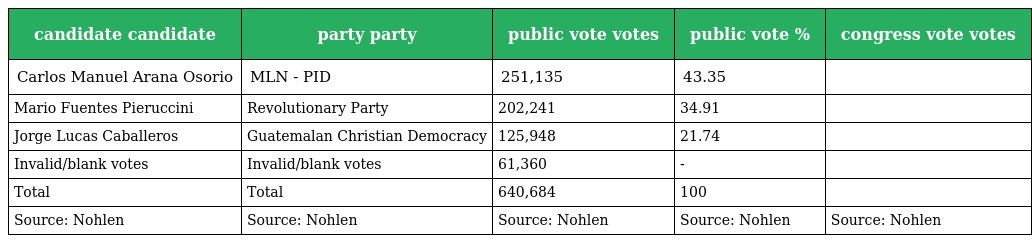
| candidate candidate | party party | public vote votes | public vote % | congress vote votes |
 | --- | --- | --- | --- | --- |
 | Carlos Manuel Arana Osorio | MLN - PID | 251,135 | 43.35 |  |
 | Mario Fuentes Pieruccini | Revolutionary Party | 202,241 | 34.91 |  |
 | Jorge Lucas Caballeros | Guatemalan Christian Democracy | 125,948 | 21.74 |  |
 | Invalid/blank votes | Invalid/blank votes | 61,360 | - |  |
 | Total | Total | 640,684 | 100 |  |
 | Source: Nohlen | Source: Nohlen | Source: Nohlen | Source: Nohlen | Source: Nohlen |